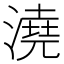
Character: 澆